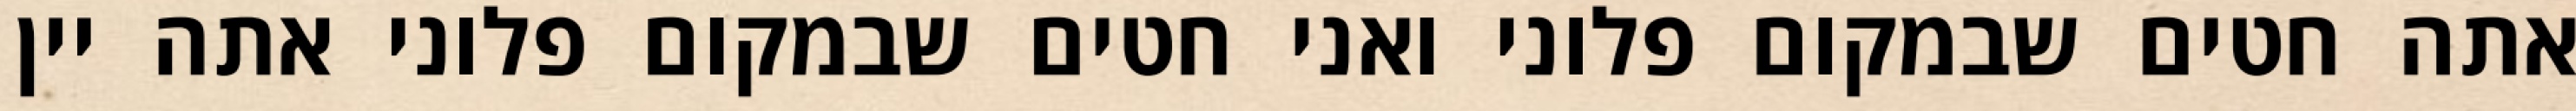
אתה חטים שבמקום פלוני ואני חטים שבמקום פלוני אתה יין